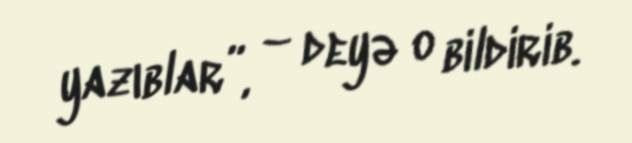
yazıblar”, – deyə o bildirib.